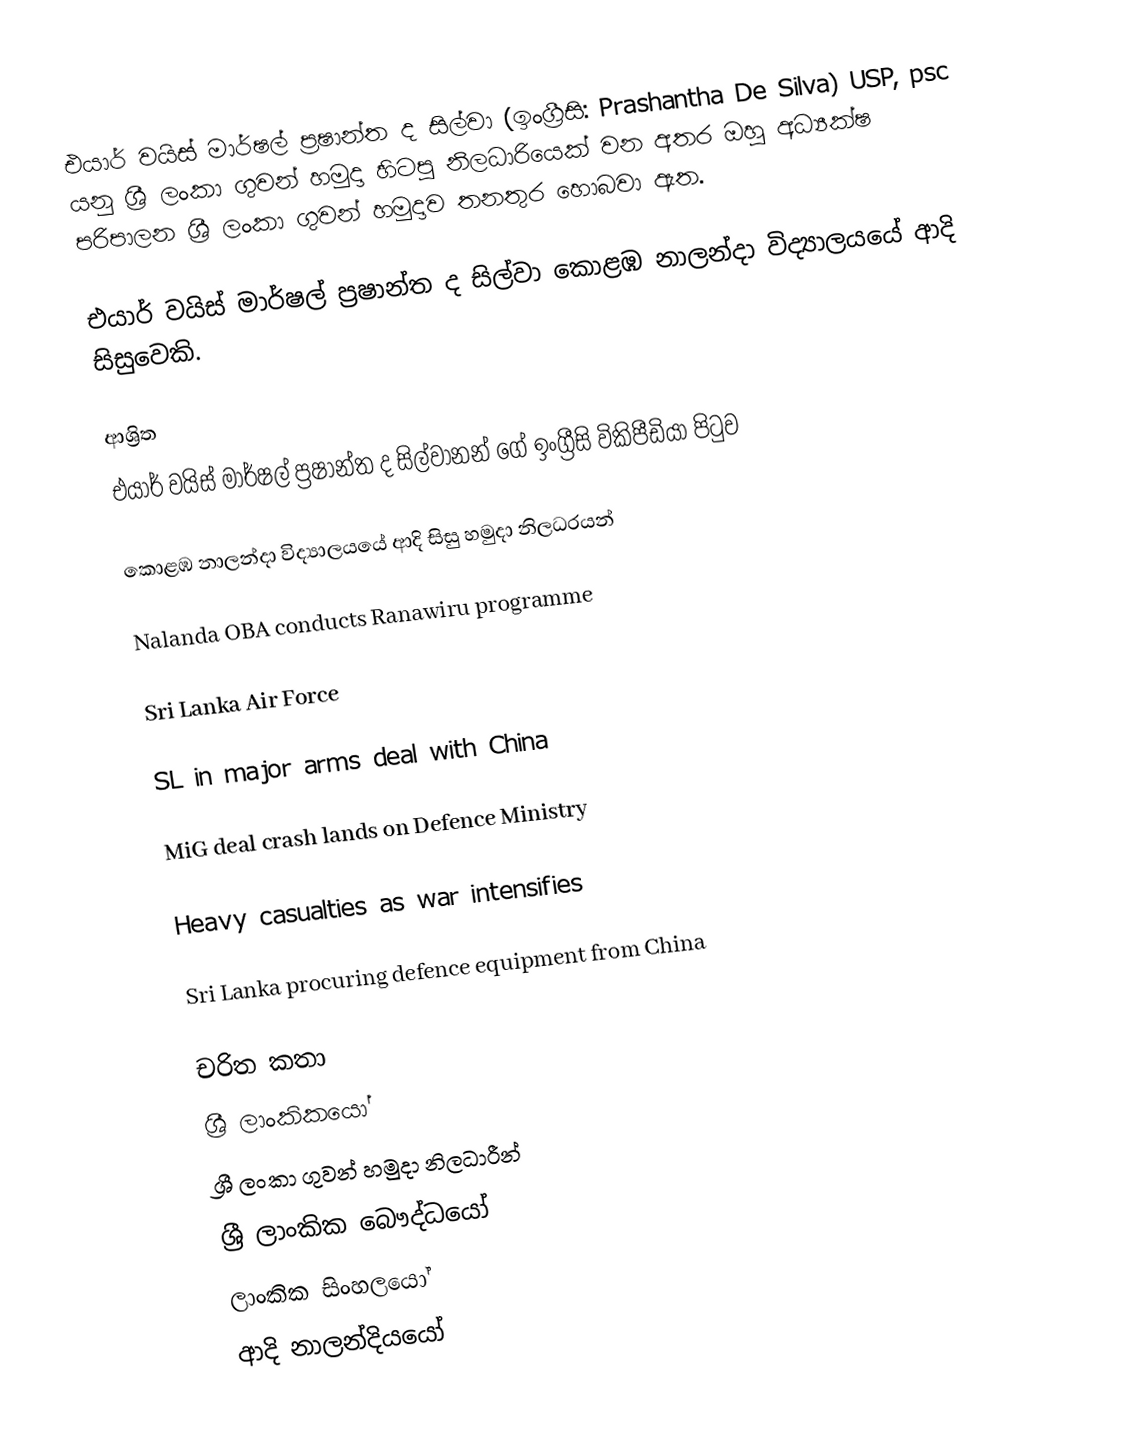
එයාර් වයිස් මාර්ෂල් ප්‍රෂාන්ත ද සිල්වා (ඉංග්‍රීසි: Prashantha De Silva) USP, psc යනු  ශ්‍රී ලංකා ගුවන් හමුදා හිටපු නිලධාරියෙක් වන අතර ඔහු අධ්‍යක්ෂ පරිපාලන ශ්‍රී ලංකා ගුවන් හමුදාව තනතුර හොබවා ඇත.

එයාර් වයිස් මාර්ෂල් ප්‍රෂාන්ත ද සිල්වා  කොළඹ නාලන්දා විද්‍යාලයයේ ආදි සිසුවෙකි.

ආශ්‍රිත
  එයාර් වයිස් මාර්ෂල් ප්‍රෂාන්ත ද සිල්වානන් ගේ ඉංග්‍රීසි විකිපීඩියා පිටුව

 කොළඹ නාලන්දා විද්‍යාලයයේ ආදි සිසු හමුදා නිලධරයන්

 Nalanda OBA conducts Ranawiru programme

 Sri Lanka Air Force

 SL in major arms deal with China

 MiG deal crash lands on Defence Ministry

 Heavy casualties as war intensifies

 Sri Lanka procuring defence equipment from China

චරිත කතා
ශ්‍රී ලාංකිකයෝ
ශ්‍රී ලංකා ගුවන් හමුදා නිලධාරීන්
ශ්‍රී ලාංකික බෞද්ධයෝ
ලාංකික සිංහලයෝ
ආදි නාලන්දියයෝ